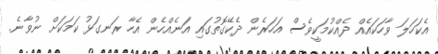
އެކަހަލަ ވާހަކައެއް ދެއްކުމަކީވެސް އަހަރެން ދެކޭގޮތުގައި އަނެއްހެން އެހާ ރަނގަޅު ކަމަކަށް ނުވާނެ.